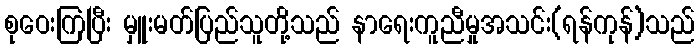
စုဝေးကြပြီး မှူးမတ်ပြည်သူတို့သည် နာရေးကူညီမှုအသင်း(ရန်ကုန်)သည်